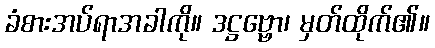
ခံစားအပ်ရာအခါကို။ ဒဋ္ဌဗ္ဗော၊ မှတ်ထိုက်၏။